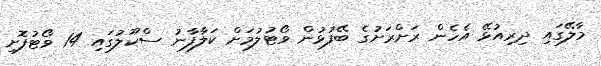
މާލޭގައި ދިރިއުޅޭ އެހެން ރަށްރަށުގެ ބޭފުޅުން ވޯޓުލުމަށް ކަލާފާނު ސްކޫލުގައި 14 ވޯޓުފޮށި